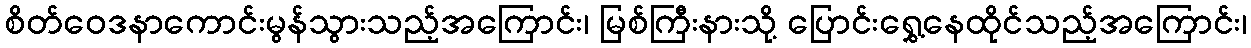
စိတ်ဝေဒနာကောင်းမွန်သွားသည့်အကြောင်း၊ မြစ်ကြီးနားသို့ ပြောင်းရွှေ့နေထိုင်သည့်အကြောင်း၊